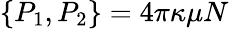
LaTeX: \{ P_{1},P_{2}\} =4\pi\kappa\mu N